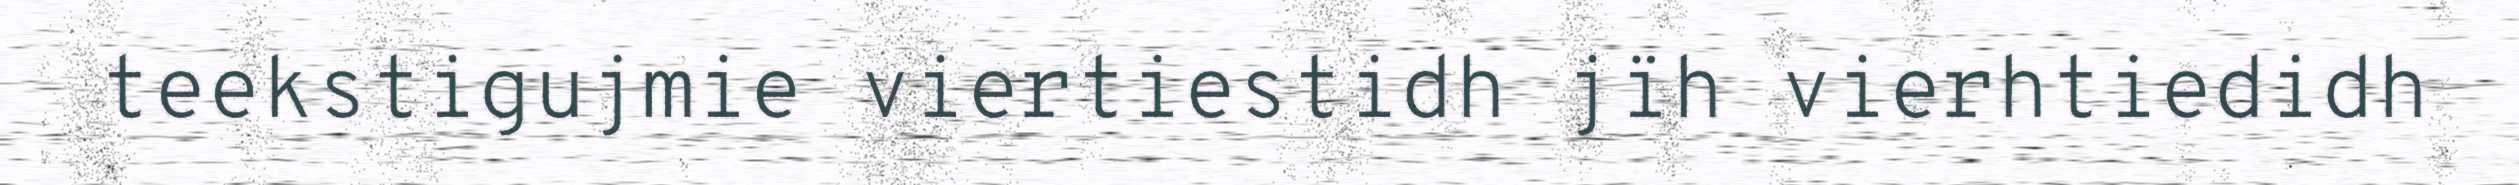
teekstigujmie viertiestidh jïh vierhtiedidh